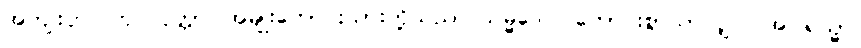
အကျိုးငှာ။ ကုလပုတ္တာ၊ အမျိုးကောင်းသားတို့သည်။ သမ္မဒေဝ၊ ကောင်းစွာသာလျှင်။ အဂါရသ္မာ၊